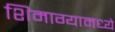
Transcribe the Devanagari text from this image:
शिमाग्यामध्ये